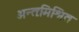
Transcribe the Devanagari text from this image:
अन्तःमिश्रित